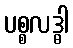
ပစ္စလဒ္ဓါ